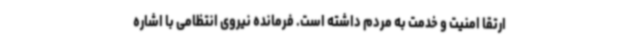
ارتقا امنیت و خدمت به مردم داشته است. فرمانده نیروی انتظامی با اشاره